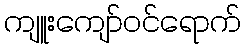
ကျူးကျော်ဝင်ရောက်